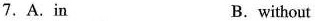
7. A.in B.without